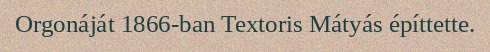
Orgonáját 1866-ban Textoris Mátyás építtette.